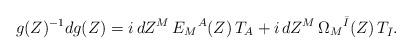
LaTeX: \begin{align*}g(Z)^{-1} d g(Z) = i\, dZ^M \, E_M{}^{A}(Z)\,T_{ A} + i\, dZ^M \, \Omega_M{}^{\bar{I}}(Z)\,T_{ \bar{I}} . \end{align*}